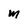
Character: M